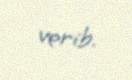
verib.